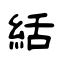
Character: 絬